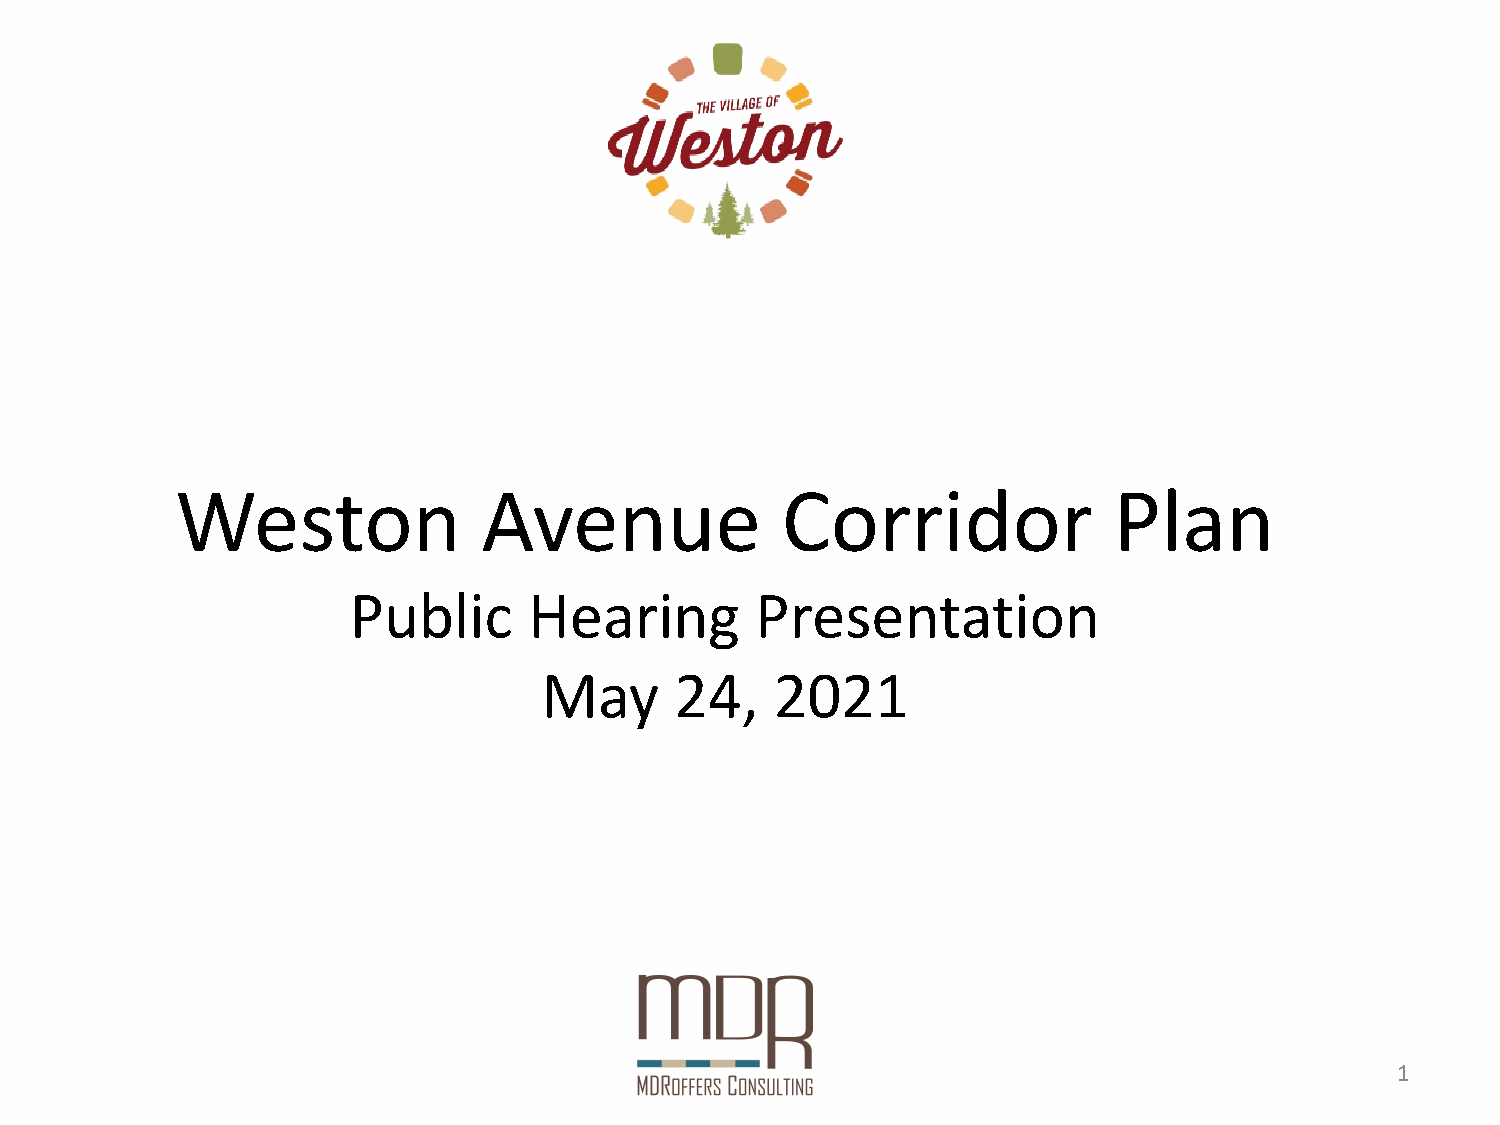
Weston              Avenue              Corridor              Plan
 Public      Hearing        Presentation
 May      24,   2021
 1